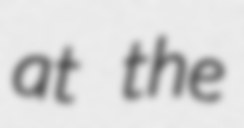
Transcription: at the